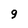
Character: 9